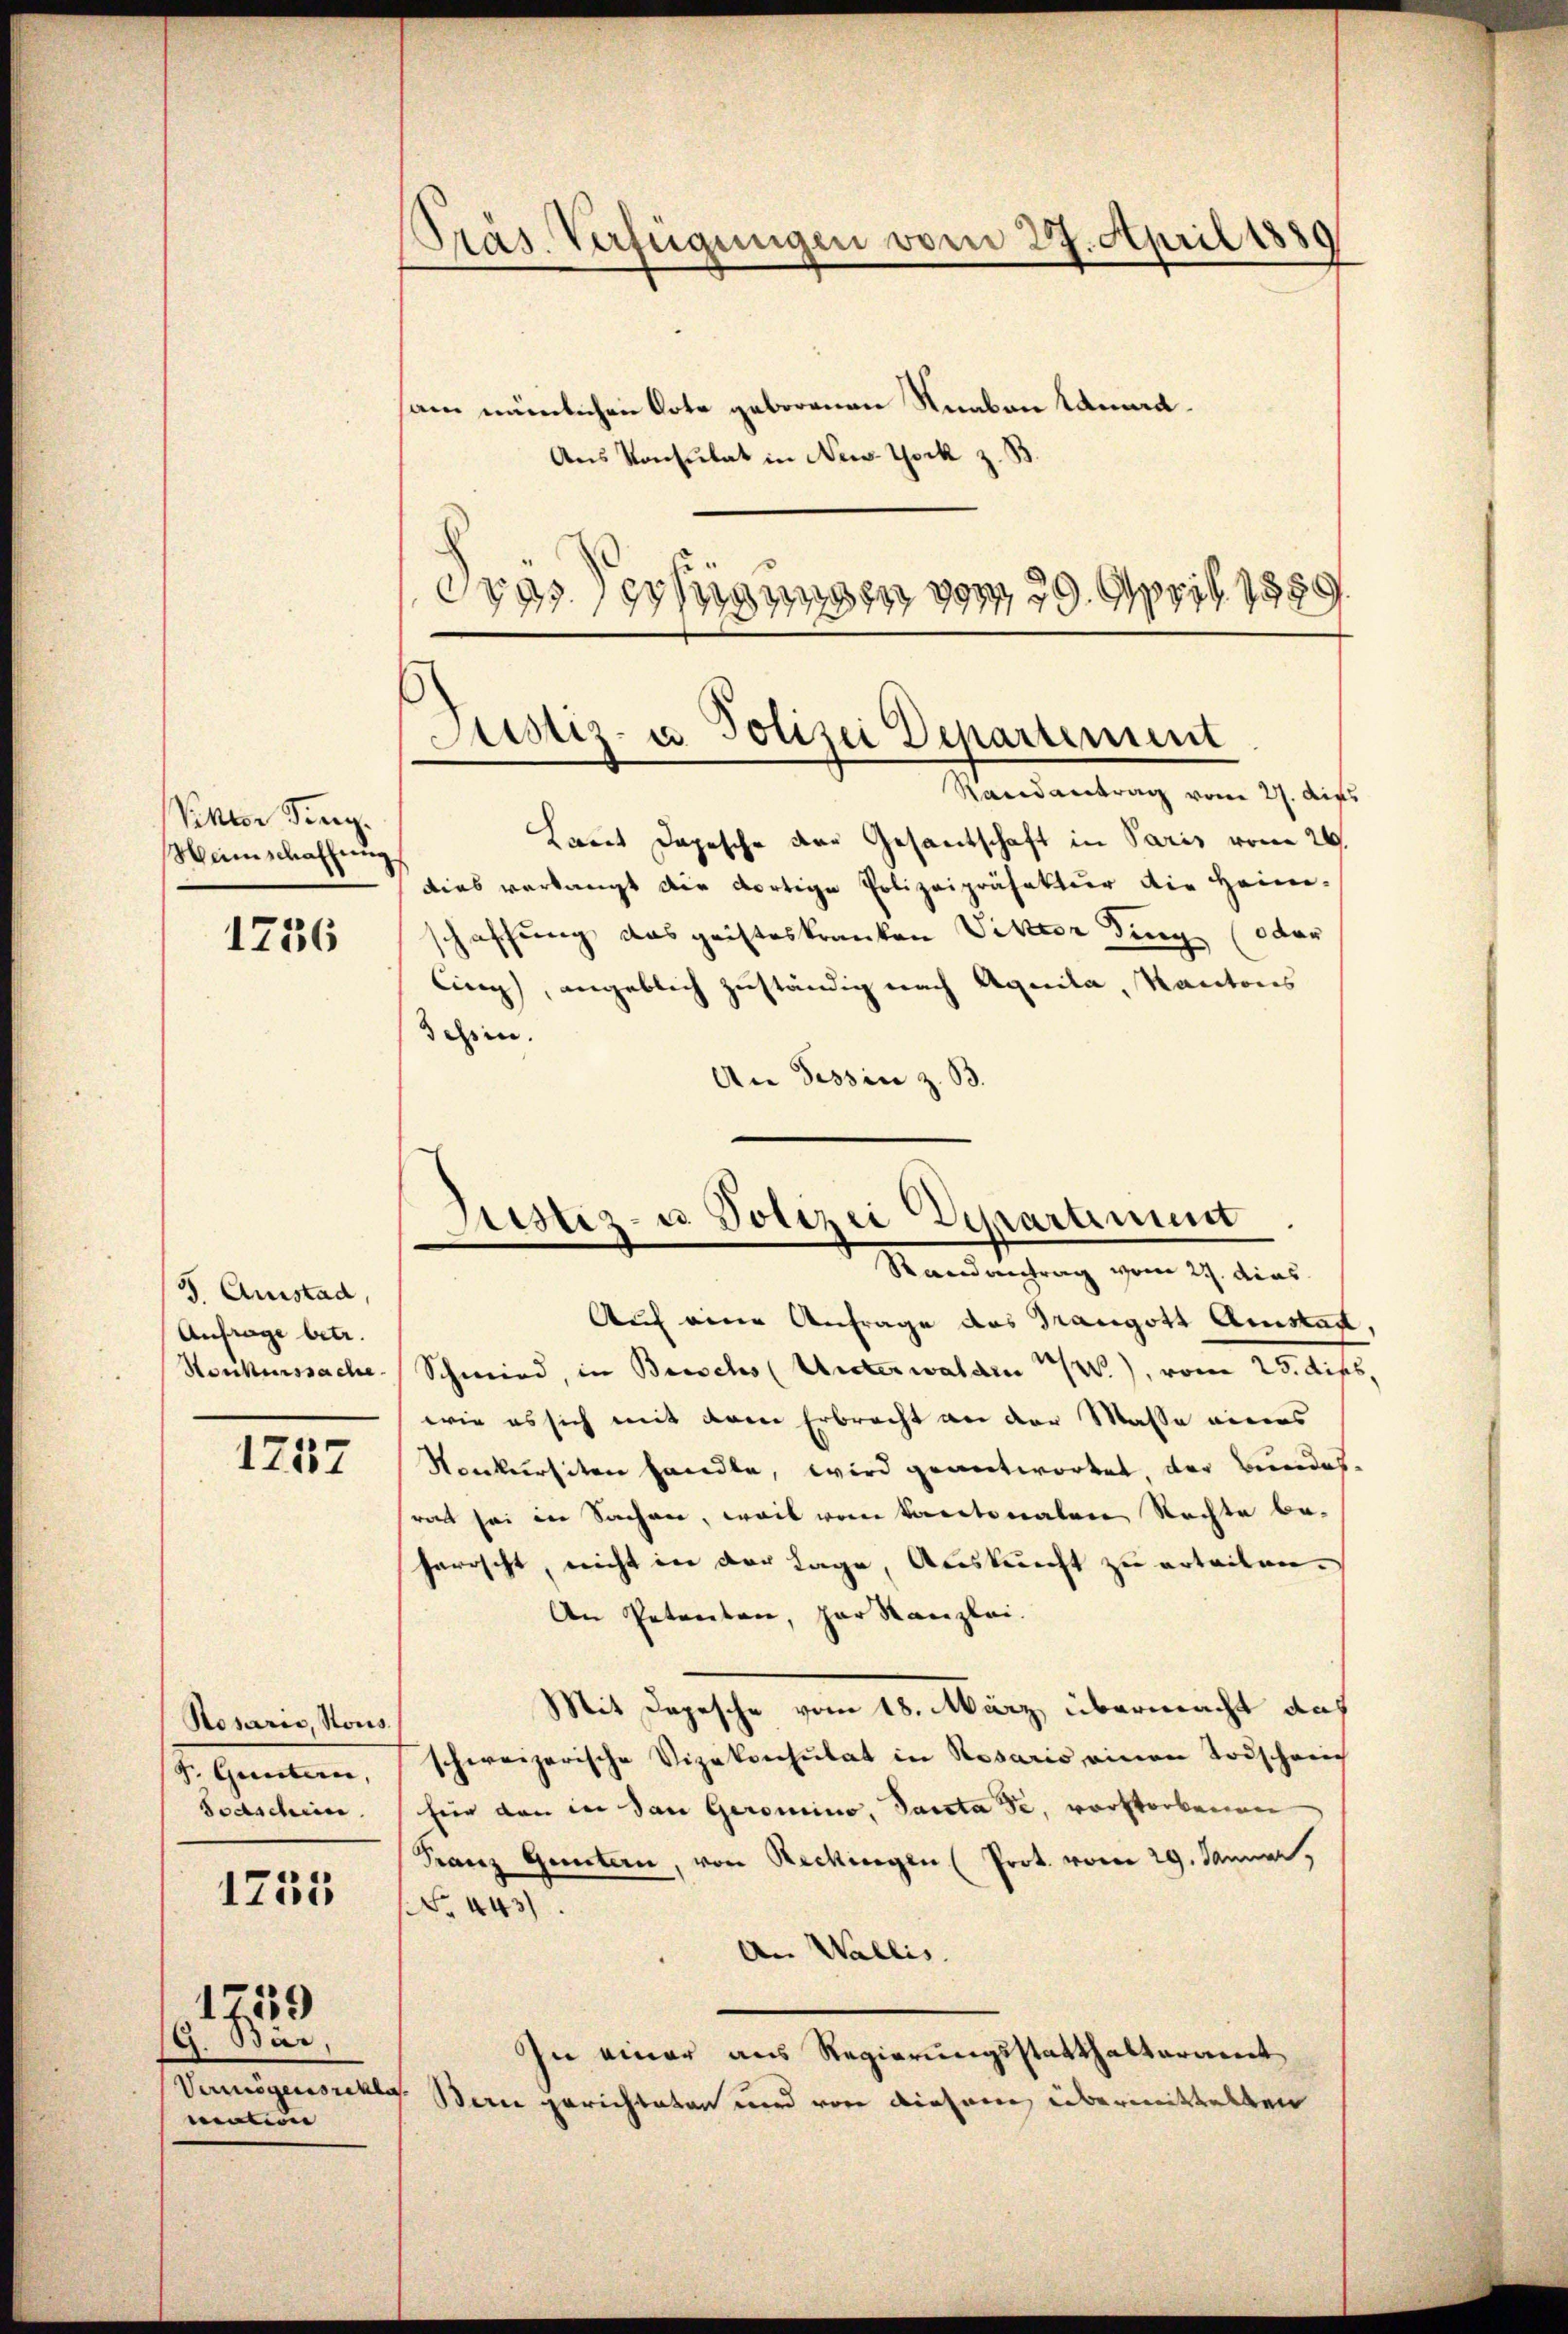
Pektor Fing
Weinschaffung

1736

S. Ausstad,
Anfrage betr.

1237

Rosaris, Nous
S. Gunterie, |
Scaschein.

1755

G. Bär,
Vermögensrekla
nection

1759

sam nämlichen Dote geborenen Knaben Samna¬
Ans Konsulat in New York z. B.
2
793. 18714539, 29. April 1889

Präs. Verfügungen vom 27. April 1880

Justiz- u. Polizei Departement

Randantrag vom 27. Aufs
Laut Depesche der Gesantschaft in Paris vom 26.
dies verlangt dir dortige Polizeipräsektur die Heim-
schaffung das geisteskranken Viktor ding (oder
Cing), angeblich zuständig nach Aquila, Kantons
Tessin.
An Tessin z. B.

Justiz- u. Polizei Departiment
e
Randantrag vom 27. dies

Auf eine Anfrage des Drangott Amstag,
Honkurssache Schmied, in Beischs (Unterwalden W.), vom 25. dies
wie es sich mit dem Erbrecht an der Masse einens
Nonkursiten handle, wird geantwortet der Bundes-
ratt sei in Sachen, weil vom kantonalen Rechte beherrscht, nicht in der Lage, Auskunft zu erteilen.
An Petenten, par Kanzlei.
Mit Depesche vom 18. März, übermacht auf
schweizerische Vizekonsulat in Rosaris, einen Todschauch
für den in den Geromino, Sancta de, vorstorbenen
Franz Guntern, von Reckingen (Prot. vom 29. Januar,
 443.
An Wallis.
In einer aus Regierungsstatthalteramt
Bern gerichteten und von diesem übermittelten